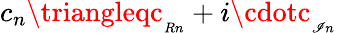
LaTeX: c_{n}\triangleqc_{_{Rn}}+i\cdotc_{_{\mathscr{I}n}}